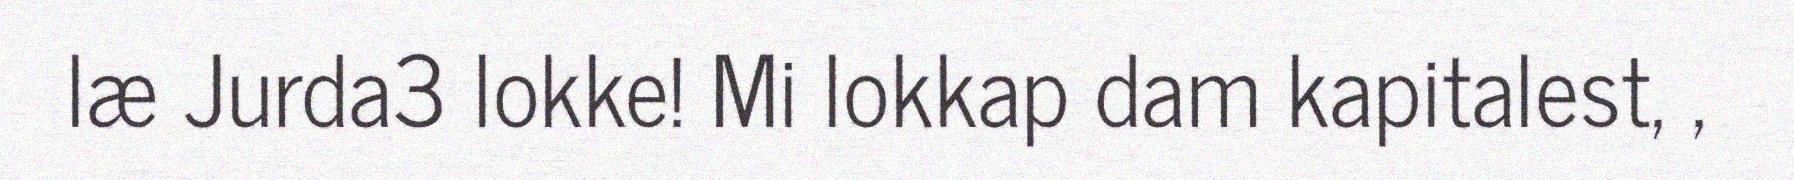
læ Jurda3 lokke! Mi lokkap dam kapitalest, ,